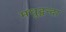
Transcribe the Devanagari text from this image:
मधुद्वन्दा